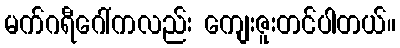
မက်ဂရီဂေါ်ကလည်း ကျေးဇူးတင်ပါတယ်။